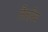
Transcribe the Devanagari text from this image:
तैतरिय